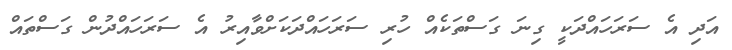
އަދި އެ ސަރަހައްދަކީ ގިނަ ގަސްތަކެއް ހުރި ސަރަހައްދަކަށްވާއިރު އެ ސަރަހައްދުން ގަސްތައް